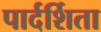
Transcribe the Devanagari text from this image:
पार्दर्शिता